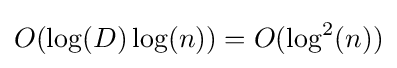
O(\log(D)\log(n))=O(\log ^{2}(n))